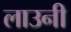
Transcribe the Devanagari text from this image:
लाउनी